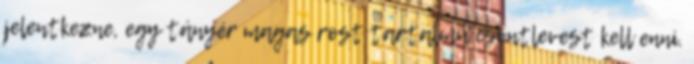
jelentkezne, egy tányér magas rost tartalmú csontlevest kell enni.